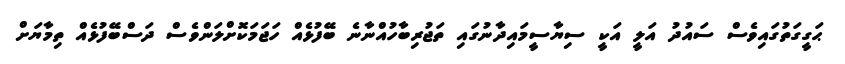
ޙަގީގަތުގައިވެސް ސައުދު އަލީ އަކީ ސިޔާސީމައިދާނުގައި ތަޖުރިބާހުއްނާނެ ބޭފުޅެއް ހަޖަމަކޮށްލަންވެސް ދަސްބޭފުޅެއް ތިމާޔަށް